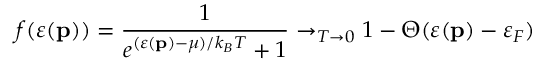
f ( \varepsilon ( \mathbf { p } ) ) = \frac { 1 } { e ^ { ( \varepsilon ( \mathbf { p } ) - \mu ) / k _ { B } T } + 1 } \rightarrow _ { T \rightarrow 0 } 1 - \Theta ( \varepsilon ( \mathbf { p } ) - \varepsilon _ { F } )